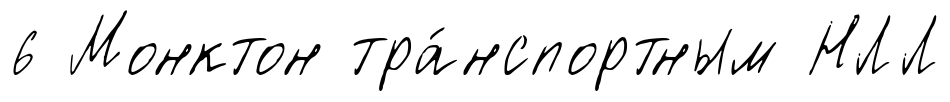
6 Монктон тра́нспортным НЛЛ